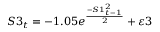
S 3 _ { t } = - 1 . 0 5 e ^ { \frac { - S 1 _ { t - 1 } ^ { 2 } } { 2 } } + \varepsilon 3